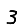
Digit: 3